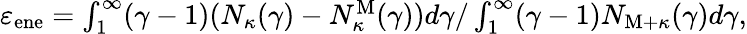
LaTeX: \begin{array}{r}{\varepsilon_{\mathrm{ene}}=\int_{1}^{\infty}(\gamma-1)(N_{\kappa}(\gamma)-N_{\kappa}^{\mathrm{M}}(\gamma))d\gamma/\int_{1}^{\infty}(\gamma-1)N_{\mathrm{M}+\kappa}(\gamma)d\gamma,}\end{array}